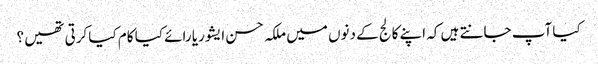
کیا آپ جانتے ہیں کہ اپنے کالج کے دنوں میں ملکہ حسن ایشوریا رائے کیا کام کیا کرتی تھیں ؟